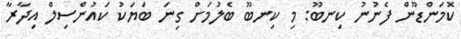
ކޮމަންޑޫން ފެނުނު ކިނބޫ: މި ކިނބޫ ބެލުމަށް ގިނަ ބަޔަކު ކައުންސިލް އިދާރާ